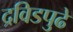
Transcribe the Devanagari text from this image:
द्रविडपुढे